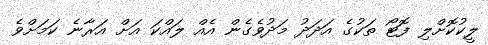
ލީކުކޮށްލި ފޮޓޯ ތަކުގެ އަދަދު މަދުވެގެން އެއް ލައްކަ އަށް އަރާނެ ކަމަށްވެ